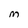
Character: M